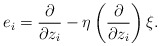
\begin{align*}e_i=\dfrac{\partial}{\partial z_i}-\eta\left (\dfrac{\partial}{\partial z_i}\right )\xi.\end{align*}